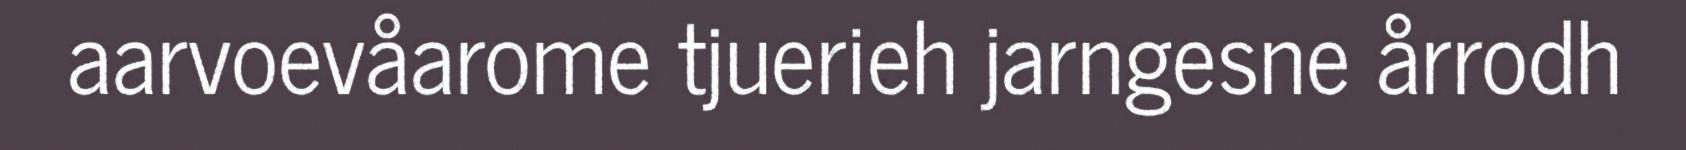
aarvoevåarome tjuerieh jarngesne årrodh